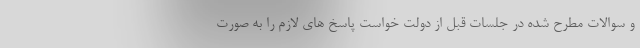
و سوالات مطرح شده در جلسات قبل از دولت خواست پاسخ های لازم را به صورت